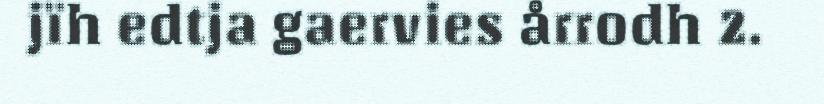
jïh edtja gaervies årrodh 2.